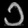
Digit: ၁